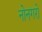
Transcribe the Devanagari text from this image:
नोनगरो